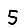
Digit: 5